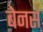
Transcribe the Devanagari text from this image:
बेनर्स